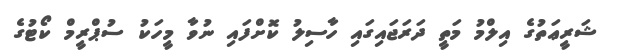
ޝަރީޢަތުގެ އިލްމު މަތީ ދަރަޖައިގައި ހާސިލު ކޮށްފައި ނުވާ މީހަކު ސުޕްރީމް ކޯޓުގެ